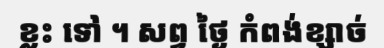
ខ្លះ ទៅ ។ សព្វ ថ្ងៃ កំពង់ខ្សាច់